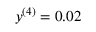
y ^ { ( 4 ) } = 0 . 0 2